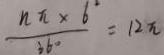
\frac { n \pi \times 6 } { 3 6 ^ { \circ } } = 1 2 \pi